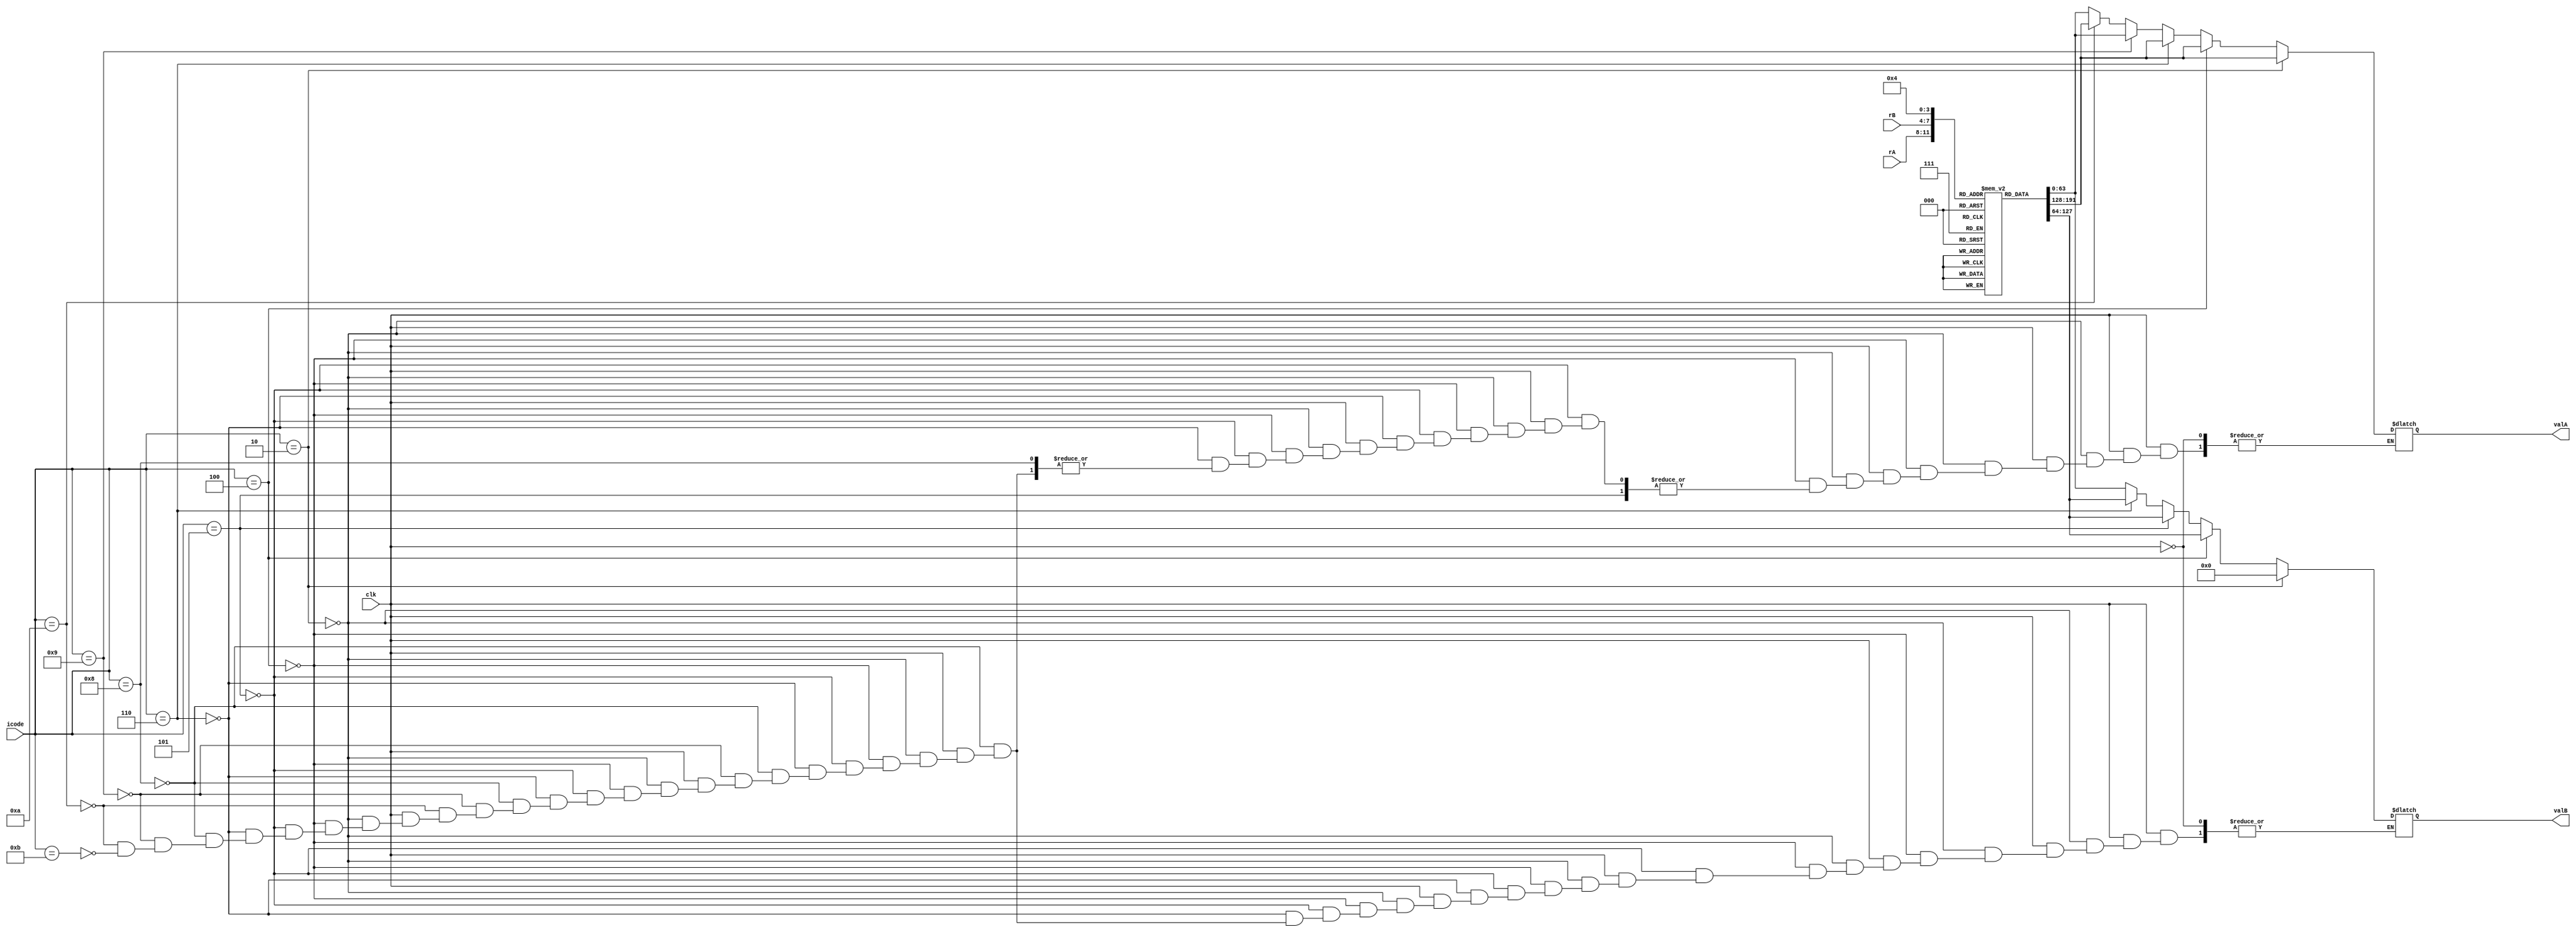
module decode(
input clk,
input [3:0]icode,
input [3:0]rA,
input [3:0]rB,
output reg[63:0]valA,
output reg[63:0]valB
);

reg [63:0]reg_mem[0:14];

initial
begin
    reg_mem[0] = 64'd0;
    reg_mem[1] = 64'd1;
    reg_mem[2] = 64'd2;
    reg_mem[3] = 64'd3;
    reg_mem[4] = 64'd32;
    reg_mem[5] = 64'd5;
    reg_mem[6] = 64'd6;
    reg_mem[7] = 64'd7;
    reg_mem[8] = 64'd8;
    reg_mem[9] = 64'd9;
    reg_mem[10] = 64'd10;
    reg_mem[11] = 64'd11;
    reg_mem[12] = 64'd12;
    reg_mem[13] = 64'd13;
    reg_mem[14] = 64'd14;
end


always @(*)
begin
    
    // valA = 64'hf;
    // valB = 64'hf;
    
    if(clk == 1)
    begin
        if(icode == 4'd2) // cmovXX
        begin
            valA = reg_mem[rA];
            valB = 0;
        end
        else if(icode == 4'd4) // rmmovq
        begin
            valA = reg_mem[rA];
            valB = reg_mem[rB];
        end
        else if(icode == 4'd5) // mrmovq
        begin
            valB = reg_mem[rB];
        end
        else if(icode == 4'd6) // OPq
        begin
            valA = reg_mem[rA];
            valB = reg_mem[rB];
        end
        else if(icode == 4'd8) // call
        begin
            valB = reg_mem[4]; 
        end
        else if(icode == 4'd9) // ret
        begin
            valA = reg_mem[4];
            valB = reg_mem[4];
        end
        else if(icode == 4'd10) // pushq
        begin
            valA = reg_mem[rA];
            valB = reg_mem[4];
        end
        else if(icode == 4'd11) // popq
        begin
            valA = reg_mem[4];
            valB = reg_mem[4];
        end
    end

end
endmodule